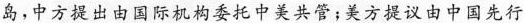
岛，中方提出由国际机构委托中美共管；美方提议由中国先行